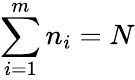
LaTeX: \sum_{i=1}^{m}n_{i}=N